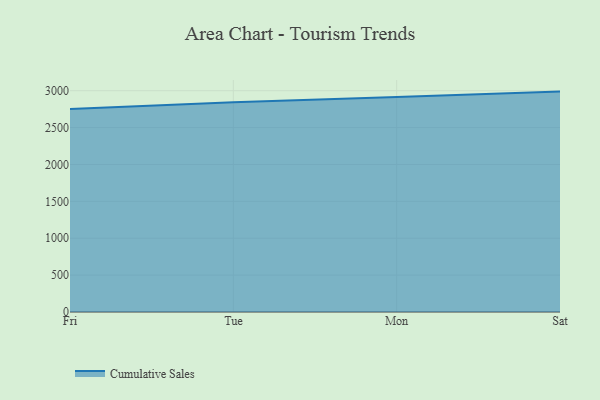
{"axis": {"x": "Day", "y": "Temperature (°C)"}, "legend": ["Cumulative Sales"], "data": [{"x": "Fri", "y": 2751.0, "type": "Cumulative Sales"}, {"x": "Tue", "y": 2844.8, "type": "Cumulative Sales"}, {"x": "Mon", "y": 2914.9, "type": "Cumulative Sales"}, {"x": "Sat", "y": 2987.9, "type": "Cumulative Sales"}]}